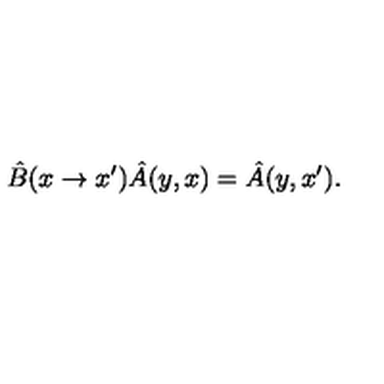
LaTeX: \hat { B } ( x \rightarrow x ^ { \prime } ) \hat { A } ( y , x ) = \hat { A } ( y , x ^ { \prime } ) .